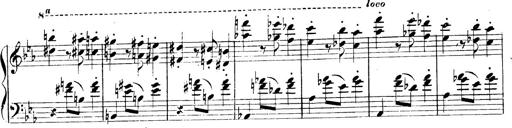
Title: 3 Caprices-Valses
Composer: Franz Liszt